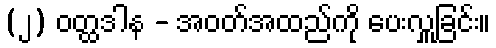
(၂) ဝတ္ထဒါန - အဝတ်အထည်ကို ပေးလှူခြင်း။